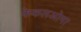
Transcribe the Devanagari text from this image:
फेकलओमा